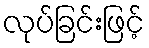
လုပ်ခြင်းဖြင့်